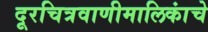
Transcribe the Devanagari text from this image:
दूरचित्रवाणीमालिकांचे